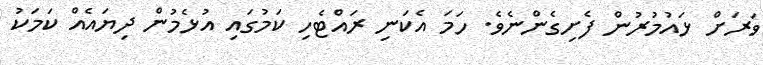
ވަރަށް ޅައުމުރުން ފެށިގެންނެވެ. ހަމަ އެކަނި ރައްޓެހި ކަމުގައި އުޅެމުން ދިޔައެއް ކަމަކު